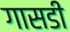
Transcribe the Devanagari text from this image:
गासडी